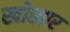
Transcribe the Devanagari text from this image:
खोखार